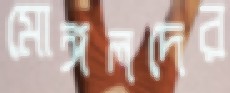
মোঙ্গলদের